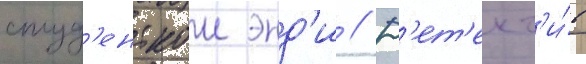
студ'енткои энд'и // Д'ет'ект'и́в